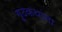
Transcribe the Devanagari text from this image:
गूढकथांना